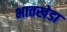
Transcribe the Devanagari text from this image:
भातखेडा